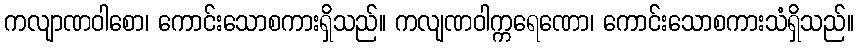
ကလျာဏဝါစော၊ ကောင်းသောစကားရှိသည်။ ကလျဏဝါက္ကရေဏော၊ ကောင်းသောစကားသံရှိသည်။